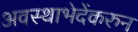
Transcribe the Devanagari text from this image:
अवस्थाभेदेंकरुन